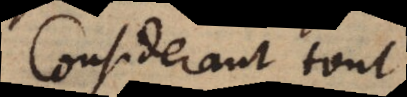
Considerant tout